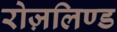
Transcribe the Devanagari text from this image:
रोज़लिण्ड